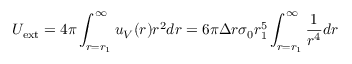
U _ { \mathrm { e x t } } = 4 \pi \int _ { r = r _ { 1 } } ^ { \infty } u _ { V } ( r ) r ^ { 2 } d r = 6 \pi \Delta r \sigma _ { 0 } r _ { 1 } ^ { 5 } \int _ { r = r _ { 1 } } ^ { \infty } \frac { 1 } { r ^ { 4 } } d r